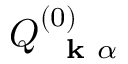
Q _ { \mathrm { ~ \bf ~ k ~ } \alpha } ^ { ( 0 ) }